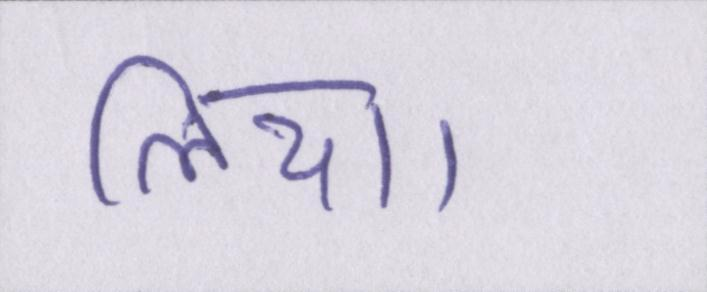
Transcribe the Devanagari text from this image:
लिया।